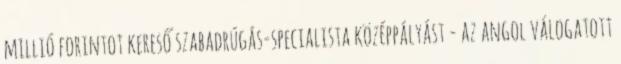
millió forintot kereső szabadrúgás-specialista középpályást - az angol válogatott